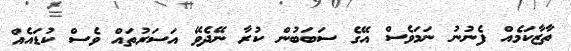
ތާޒާކަމެއް ފެނުނު ނަމަވެސް އޭގެ ސަބަބުން ކުރާ ނޭދެވޭ އަސަރުތައް ވެސް ކުޑައެއް